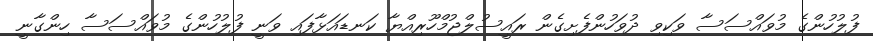
ފުލުހުންގެ މުވައްސަސާ ވަކިވި ދުވަހުންފެށިގެން ރައީސުލްޖުމްހޫރިއްޔާ ކަނޑައަޅާފައި ވަނީ ފުލުހުންގެ މުވައްސަސާ ހިންގާނީ